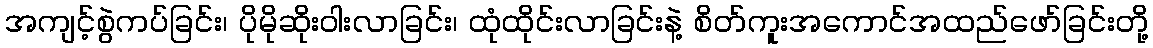
အကျင့်စွဲကပ်ခြင်း၊ ပိုမိုဆိုးဝါးလာခြင်း၊ ထုံထိုင်းလာခြင်းနဲ့ စိတ်ကူးအကောင်အထည်ဖော်ခြင်းတို့